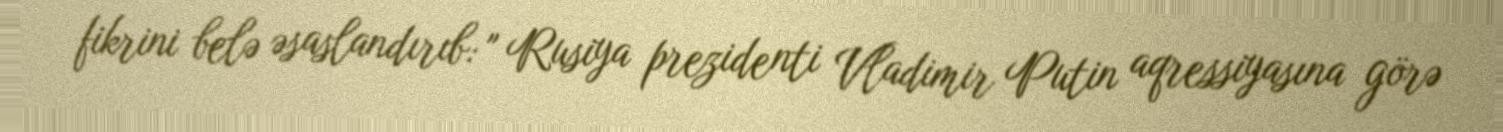
fikrini belə əsaslandırıb: " Rusiya prezidenti Vladimir Putin aqressiyasına görə